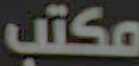
مكتب